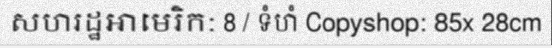
សហរដ្ឋអាមេរិក: 8 / ទំហំ Copyshop: 85x 28cm